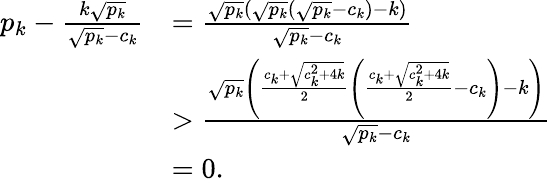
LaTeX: \begin{array}{rl}{p_{k}-\frac{k\sqrt{p_{k}}}{\sqrt{p_{k}}-c_{k}}}&{=\frac{\sqrt{p_{k}}(\sqrt{p_{k}}(\sqrt{p_{k}}-c_{k})-k)}{\sqrt{p_{k}}-c_{k}}}\\ &{>\frac{\sqrt{p_{k}}\left(\frac{c_{k}+\sqrt{c_{k}^{2}+4k}}{2}\left(\frac{c_{k}+\sqrt{c_{k}^{2}+4k}}{2}-c_{k}\right)-k\right)}{\sqrt{p_{k}}-c_{k}}}\\ &{=0.}\end{array}